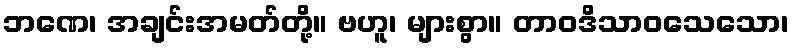
ဘဏေ၊ အချင်းအမတ်တို့။ ဗဟူ၊ များစွာ။ တာဝဒိသာဝသေသော၊